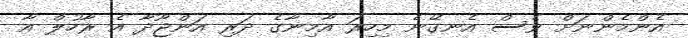
އެންމެންނަށް ވެސް އެނގޭނެ މިހިރަ އާމިނާގެ ދަރި އަންޖޫދާ އެ ރާހުލް އާ